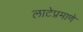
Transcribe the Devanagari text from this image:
लाटेप्रमाणे